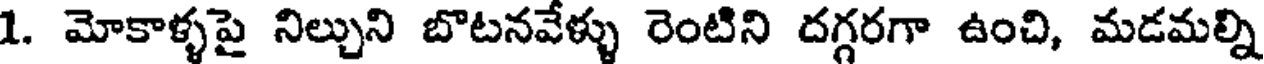
1. మోకాళ్ళపై నిల్చుని బొటనవేళ్ళు రెంటిని దగ్గరగా ఉంచి, మడమల్ని